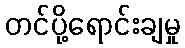
တင်ပို့ရောင်းချမှု